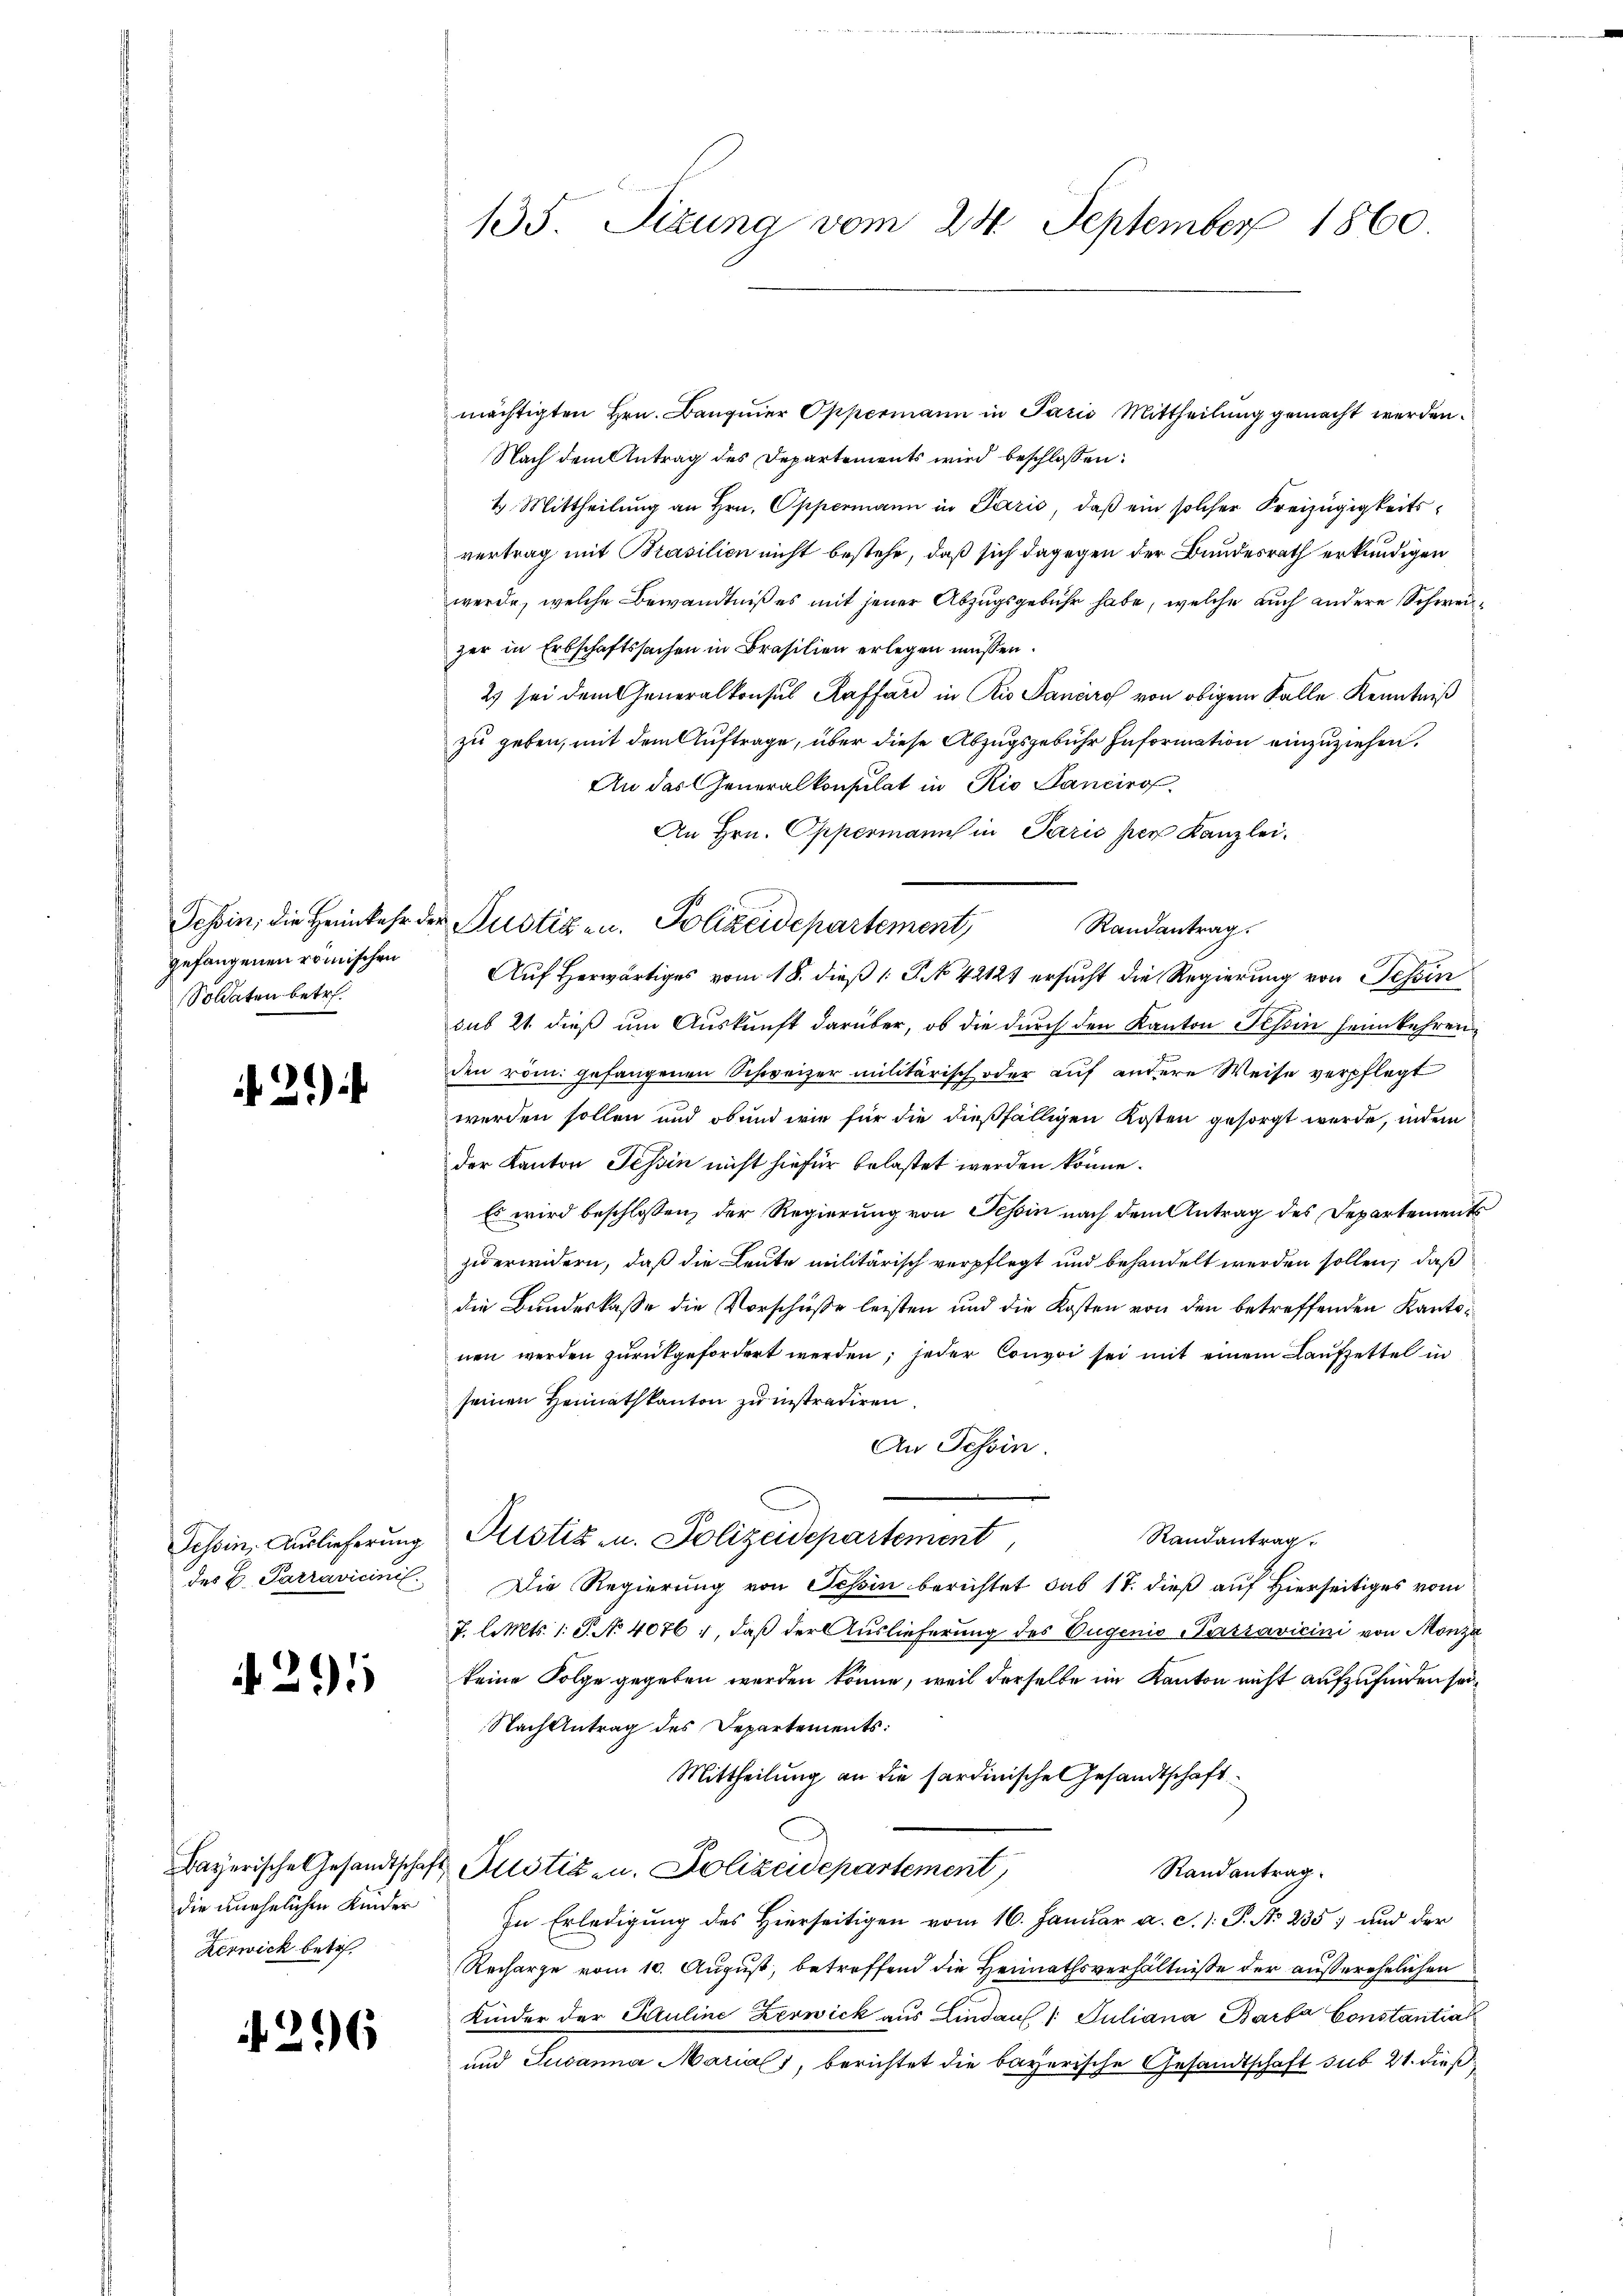
gefangenen römischen
Soldaten betr.

21)

des C. Parravicinis

291

die unehelichen Kinder
Kerwick betr.

4296

135. Sizung vom 24. September 1860

mächtigten Hrn. Banquer Oppermann in Paris Mittheilung gemacht werden.
Nach dem Antrag des Departements wird beschlossen:
1. Mittheilung an Hrn. Oppermann in Paris, daß ein solcher Kreizügigkeitsvertrag mit Prasilien nicht bestehe, daß sich dagegen der Bundesrath erkundigen
werde, welche Bewandtniß es mit jener Abzugsgebühr habe, welche auch andere Schweizer in Erbschaftssachen in Brasilien erlegen müssen.
2 sei dem Generalkonsul Raffard in Rio Sanaro von obigem Falle Kenntniß
zu geben, mit dem Auftrage, über diese Abzugsgebühr Information einzuziehen.
An das Generalkonsulat in Rio Sancirg.
An Hrn. Oppermanns in Paris per Kanzlei.
Tessin, die Heimkehr der Justiz- u. Polizeidepartement,
Randantrag.
Auf Herwärtiges vom 18. dieß (: P. No 42121 ersucht die Regierung von Tessin
sub 21. dieß um Auskunft darüber, ob die durch den Kanton Schin heimkehren
den röm. gefangenen Schweizer militärisch oder auf andere Weise verpflegt
werden sollen und ob und wie für die dießfälligen Kosten gesorgt werde, indem
der Kanton Tessin nicht hiefür belastet werden könne.
Es wird beschlossen, der Regierung von Tessin nach dem Antrag des Departements
zu erwidern, daß die Leute militärisch verpflegt und behandelt werden sollen, daß
die Bundeskasse die Vorschüße leisten und die Kosten von den betreffenden Kantonen werden zurückgefordert werden; jeder Convoi sei mit einem Laufzettel in
seinen Heimathkanton zu instradiren.
An Tessin.
Randantrag
Tessin, Auslieferung Fristiz u. Polizeidepartement
Die Regierung von Schin berichtet das 17. dieß auf Hierseitiges vom
T. l. Mts. 1. J. N. 4076 1, daß der Auslieferung des Vugenis Passavicini von Monza
keine Folge gegeben werden könne, weil derselbe im Kanton nicht aufzufinden sei
Nach Antrag des Departements:
Mittheilung an die sardinische Gesandtschaft
Bayerische Gesandtschaft Justiz zu. Polizeidepartement,
Randantrag
In Erledigung des Hierseitigen vom 16. Januar a. c. 1: P. No 235) und der
Recharge vom 10. August, betreffend die Heimathsverhältnisse der außerehelichen
Kinder der Kruline Zerwick aus Lindau 1 Juliana Barba Constantiat
und Susanna Marials, berichtet die bayerische Gesandtschaft sub 21. dieß